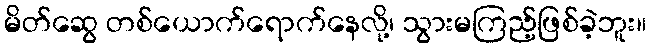
မိတ်ဆွေ တစ်ယောက်ရောက်နေလို့၊ သွားမကြည့်ဖြစ်ခဲ့ဘူး။